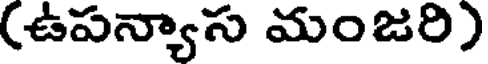
(ఉపన్యాస మంజరి)